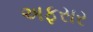
અફસર